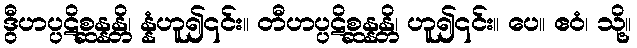
ဒွီဟပ္ပဋိစ္ဆန္နန္တိ၊ န္နံဟူ၍၎င်း။ တီဟပ္ပဋိစ္ဆန္နန္တိ၊ ဟူ၍၎င်း။ ပေ။ ဧဝံ၊ သို့။